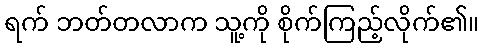
ရက် ဘတ်တလာက သူ့ကို စိုက်ကြည့်လိုက်၏။